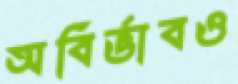
অবির্ভাবও